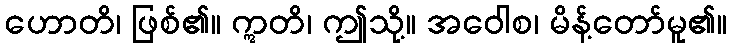
ဟောတိ၊ ဖြစ်၏။ ဣတိ၊ ဤသို့။ အဝေါစ၊ မိန့်တော်မူ၏။